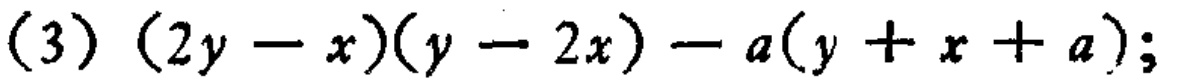
(3) \((2y - x)(y - 2x) - a(y + x + a)\);